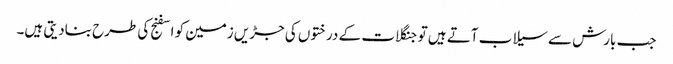
جب بارش سے سیلاب آتے ہیں تو جنگلات کے درختوں کی جڑیں زمین کو اسفنج کی طرح بنادیتی ہیں۔